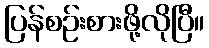
ပြန်စဉ်းစားဖို့လိုပြီ။